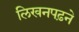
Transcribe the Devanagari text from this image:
लिखनपढ़ने